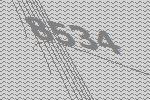
8534